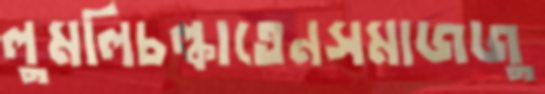
লুমলিচল্‌কাতেনসমাজজু